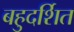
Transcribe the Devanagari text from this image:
बहुदर्शित